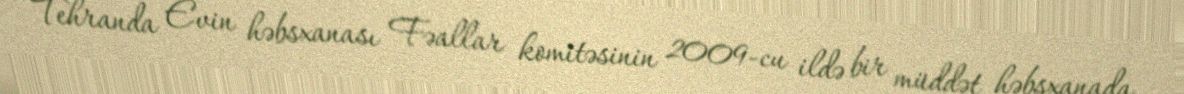
Tehranda Evin həbsxanası Fəallar komitəsinin 2009-cu ildə bir müddət həbsxanada